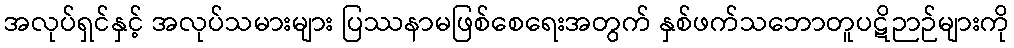
အလုပ်ရှင်နှင့် အလုပ်သမားများ ပြဿနာမဖြစ်စေရေးအတွက် နှစ်ဖက်သဘောတူပဋိဉာဉ်များကို